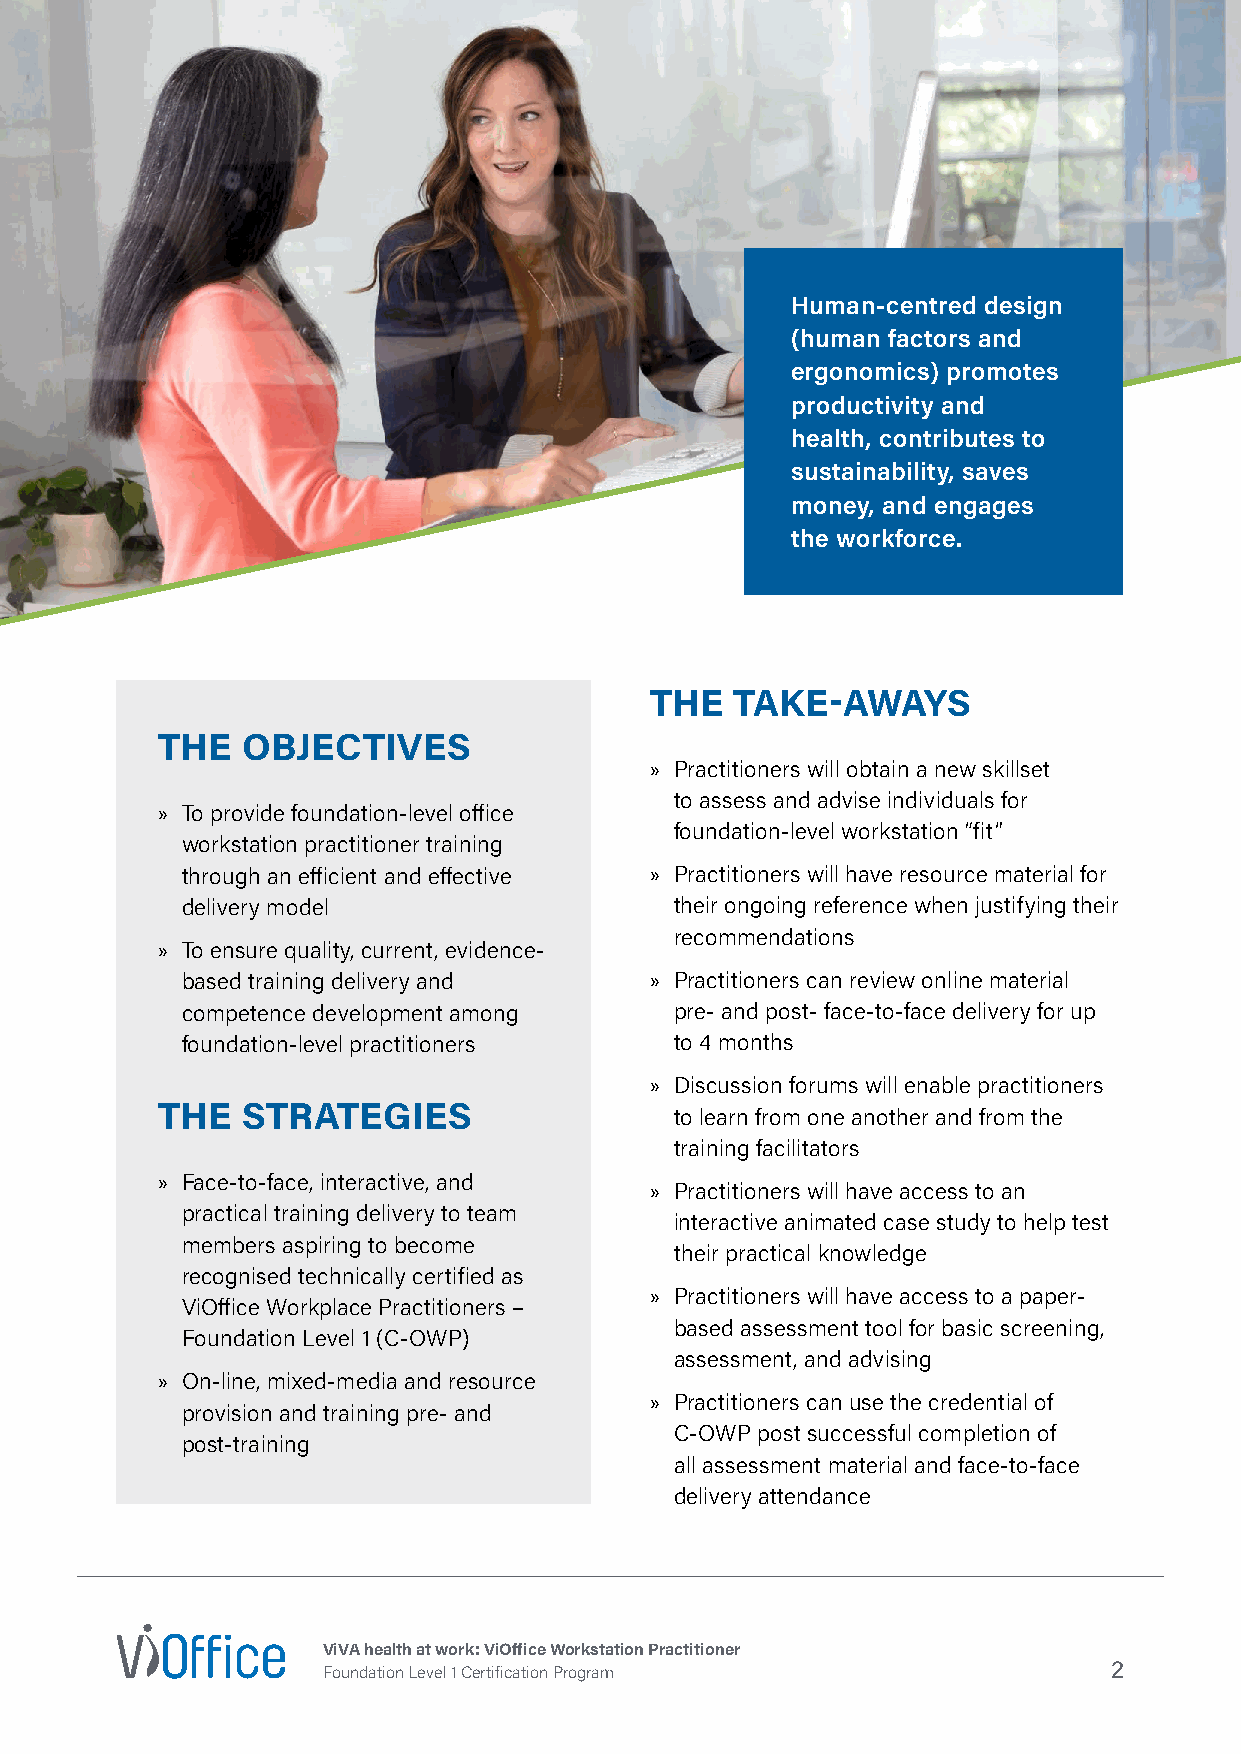
Human-centred design
 (human factors and
 ergonomics) promotes
 productivity and
 health, contributes to
 sustainability, saves
 money, and engages
 the workforce.
 THE   TAKE-AWAYS
 THE   OBJECTIVES
 » Practitioners will obtain a new skillset
 to assess and advise individuals for
 » To provide foundation-level office
 foundation-level workstation “fit”
 workstation practitioner training
 through an efficient and effective » Practitioners will have resource material for
 delivery model                   their ongoing reference when justifying their
 recommendations
 » To ensure quality, current, evidence-
 based training delivery and    » Practitioners can review online material
 competence development among     pre- and post- face-to-face delivery for up
 foundation-level practitioners   to 4 months
 » Discussion forums will enable practitioners
 THE   STRATEGIES                   to learn from one another and from the
 training facilitators
 » Face-to-face, interactive, and
 » Practitioners will have access to an
 practical training delivery to team
 interactive animated case study to help test
 members aspiring to become
 their practical knowledge
 recognised technically certified as
 » Practitioners will have access to a paper-
 ViOffice Workplace Practitioners –
 based assessment tool for basic screening,
 Foundation Level 1 (C-OWP)
 assessment, and advising
 » On-line, mixed-media and resource
 » Practitioners can use the credential of
 provision and training pre- and
 C-OWP post successful completion of
 post-training
 all assessment material and face-to-face
 delivery attendance
 ViVA health at work: ViOffice Workstation Practitioner
 2
 Foundation Level 1 Certification Program